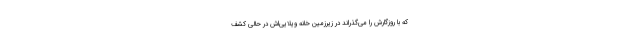
که با روزگارش را می‌گذراند در زیر‌زمین خانه ویلایی‌اش در حالی کشف